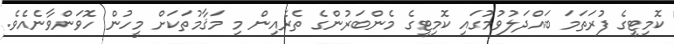
ކޮމިޓީގެ ފުރަތަމަ ބައްދަލުވުމުގައި ކޮމިޓީގެ މެންބަރުންގެ ތެރެއިން މި މަޤާމުތަކަށް މީހުން ހޮވަންވާނެއެވެ.